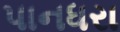
પાનધરા